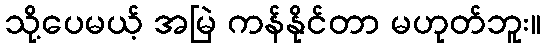
သို့ပေမယ့် အမြဲ ကန်နိုင်တာ မဟုတ်ဘူး။